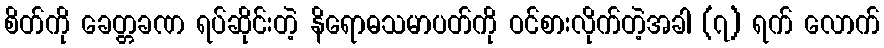
စိတ်ကို ခေတ္တခဏ ရပ်ဆိုင်းတဲ့ နိရောဓသမာပတ်ကို ဝင်စားလိုက်တဲ့အခါ (၇) ရက် လောက်